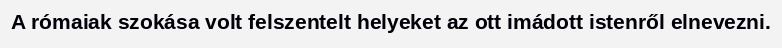
A rómaiak szokása volt felszentelt helyeket az ott imádott istenről elnevezni.